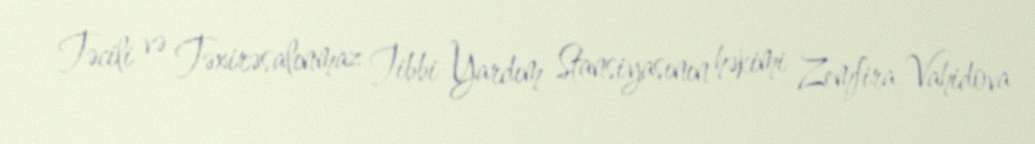
Təcili və Təxirəsalınmaz Tibbi Yardım Stansiyasının həkimi Zemfira Vahidova